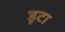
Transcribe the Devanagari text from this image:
डूटा